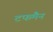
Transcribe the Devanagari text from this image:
टफमैन